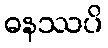
ဓနဿပိ